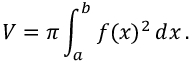
V = \pi \int _ { a } ^ { b } f ( x ) ^ { 2 } \, d x \, .